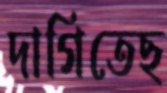
দাগিতেছ